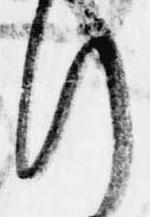
行